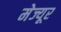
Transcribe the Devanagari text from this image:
मेज्यूर